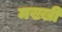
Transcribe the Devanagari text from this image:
मख्खी